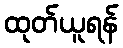
ထုတ်ယူရန်